Report of the Municipal Commissioner on the plague in Bombay for the year ending 31st May... - Volume 2
Disease focus: Plague
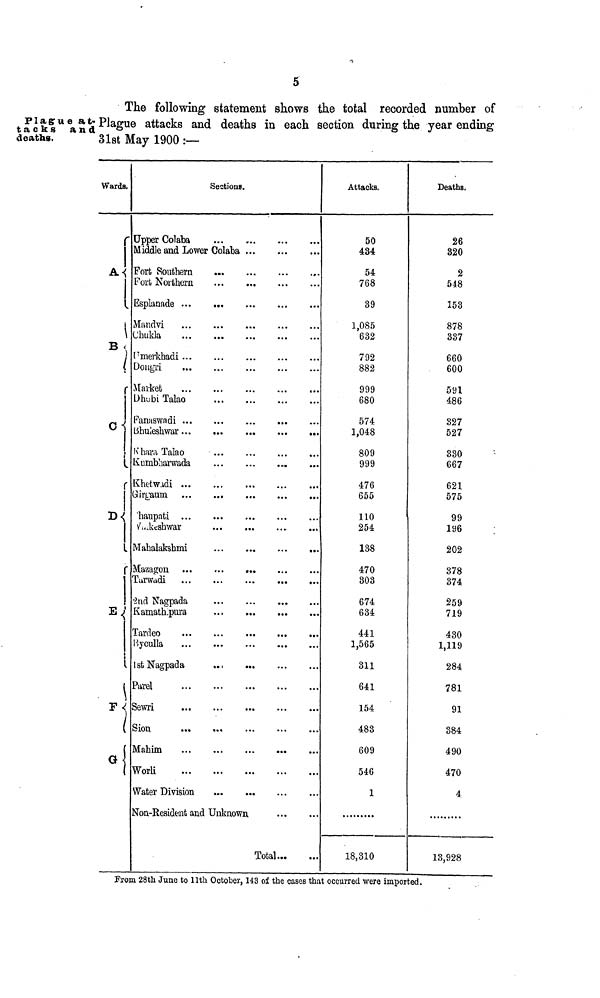
5
Plagrue at-
tacks and
deaths.
The following statement shows the total recorded number of
Plague attacks and deaths in each section during the year ending
31st May 1900:—
Wards.
A
B
C
D
E
P
G
Sections.
Upper Colaba
Middle and Lower
Fort Southern
Fort Northern
Esplanade ...
Mandvi
(Jhukla
Umevkhadi ...
Dongri
Market
Dhubi Talao
Fanaswadi ...
LJhuleshwar ...
Khara Talao
Kumbharwada
Khetw.idi ...
Girraum
haupati ...
.kcshwar
Mahalaksbmi
Mazagon,
Tarwddi
2nd Nagpada
Kamathlpura
Tardeo
Byculla
1st Nagpada
Parel
Sewri
Sion
Worli
Water Division
Non-Resident and
Colaba
Unknown
Total
Attacks.
50
434
54
768
39
1,085
632
792
882
999
680
574
1,048
809
999
476
655
110
254
138
470
303
674
634
441
1,565
311
641
154
483
609
546
1
18,310
Deaths.
26
320
2
548
153
878
337
660
600
591
486
327
527
330
667
621
575
99
196
202
378
374
259
719
430
1,119
284
781
91
384
490
470
4
13,928
From 28th June to 11th October, 143 of the cases that occurred were imported.